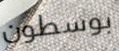
بوسطون